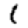
Digit: 1